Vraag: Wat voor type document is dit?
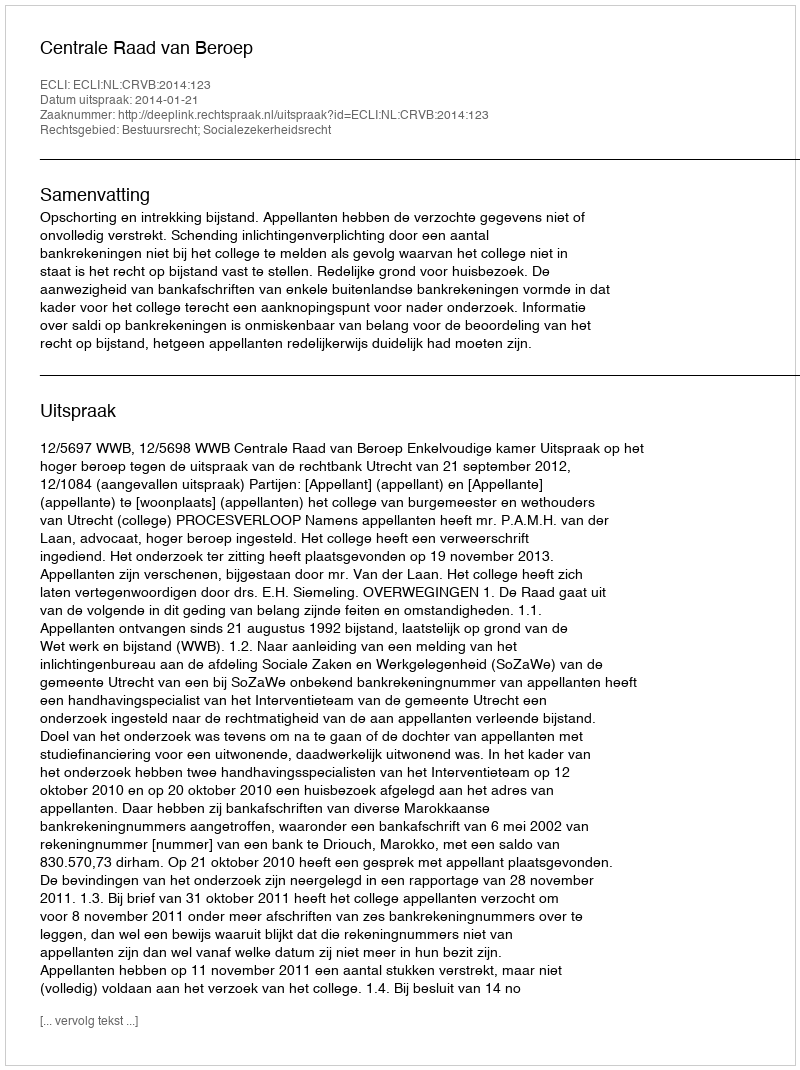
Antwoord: Uitspraak